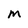
Character: M